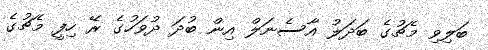
ބަލިވި މެޗުގެ ބަދަލު އާސެނަލް އިން ބުދަ ދުވަހުގެ ރޭ ހިފީ މެޗުގެ